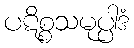
ပဋိစ္စသမုပ္ပါဒံ